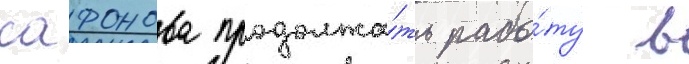
сафонова продолжа́ть рабо́ту в